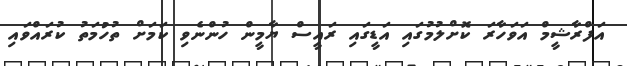
އަފްރާޝީމް އަވަހާރަ ކޮށްލުމުގައި އަޑީގައި ރައީސް ޔާމީން ހުންނެވި ކަމަށް ތުހުމަތު ކުރައްވައި